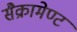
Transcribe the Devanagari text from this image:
सैक्रामेण्ट